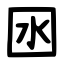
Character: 囦